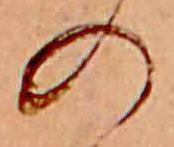
の